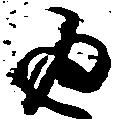
返